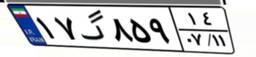
۱۷گ۸۵۹۱۴